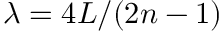
\lambda = 4 L / ( 2 n - 1 )